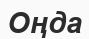
Оңда